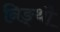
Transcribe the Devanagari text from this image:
निङ्थौ